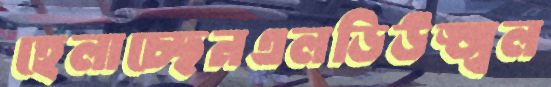
হেলাচ্ছেনএলডিউজ্জ্বল